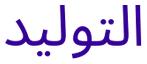
التولید